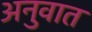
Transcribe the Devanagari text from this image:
अनुवात